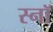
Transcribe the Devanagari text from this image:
स्नॉ